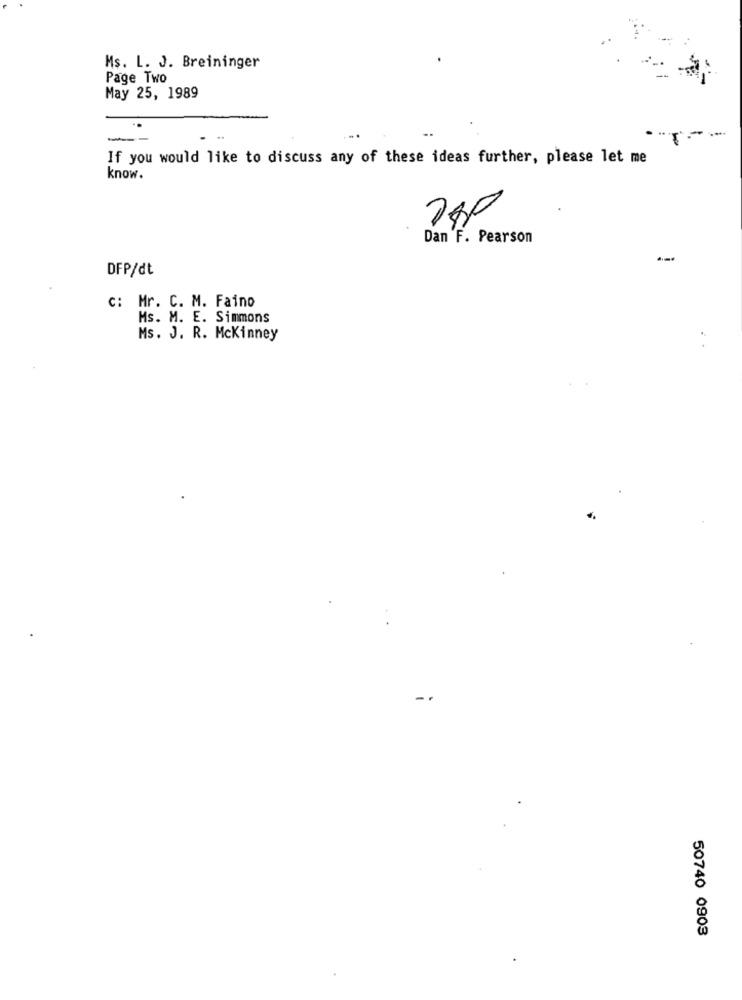
Ms. L. J. Breininger
Page Two
May 25, 1989
. ..
If you would like to discuss any of these ideas further, please let me
know.
Dan F. Pearson
DFP/dt
c: Mr. C. M. Faino
Ms. M. E. Simmons
Ms. J. R. Mckinney
50740 0903